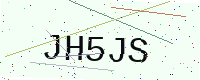
Text: JH5JS